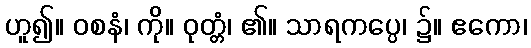
ဟူ၍။ ဝစနံ၊ ကို။ ဝုတ္တံ၊ ၏။ သာရကပ္ပေ၊ ၌။ ဧကော၊